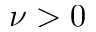
\nu > 0